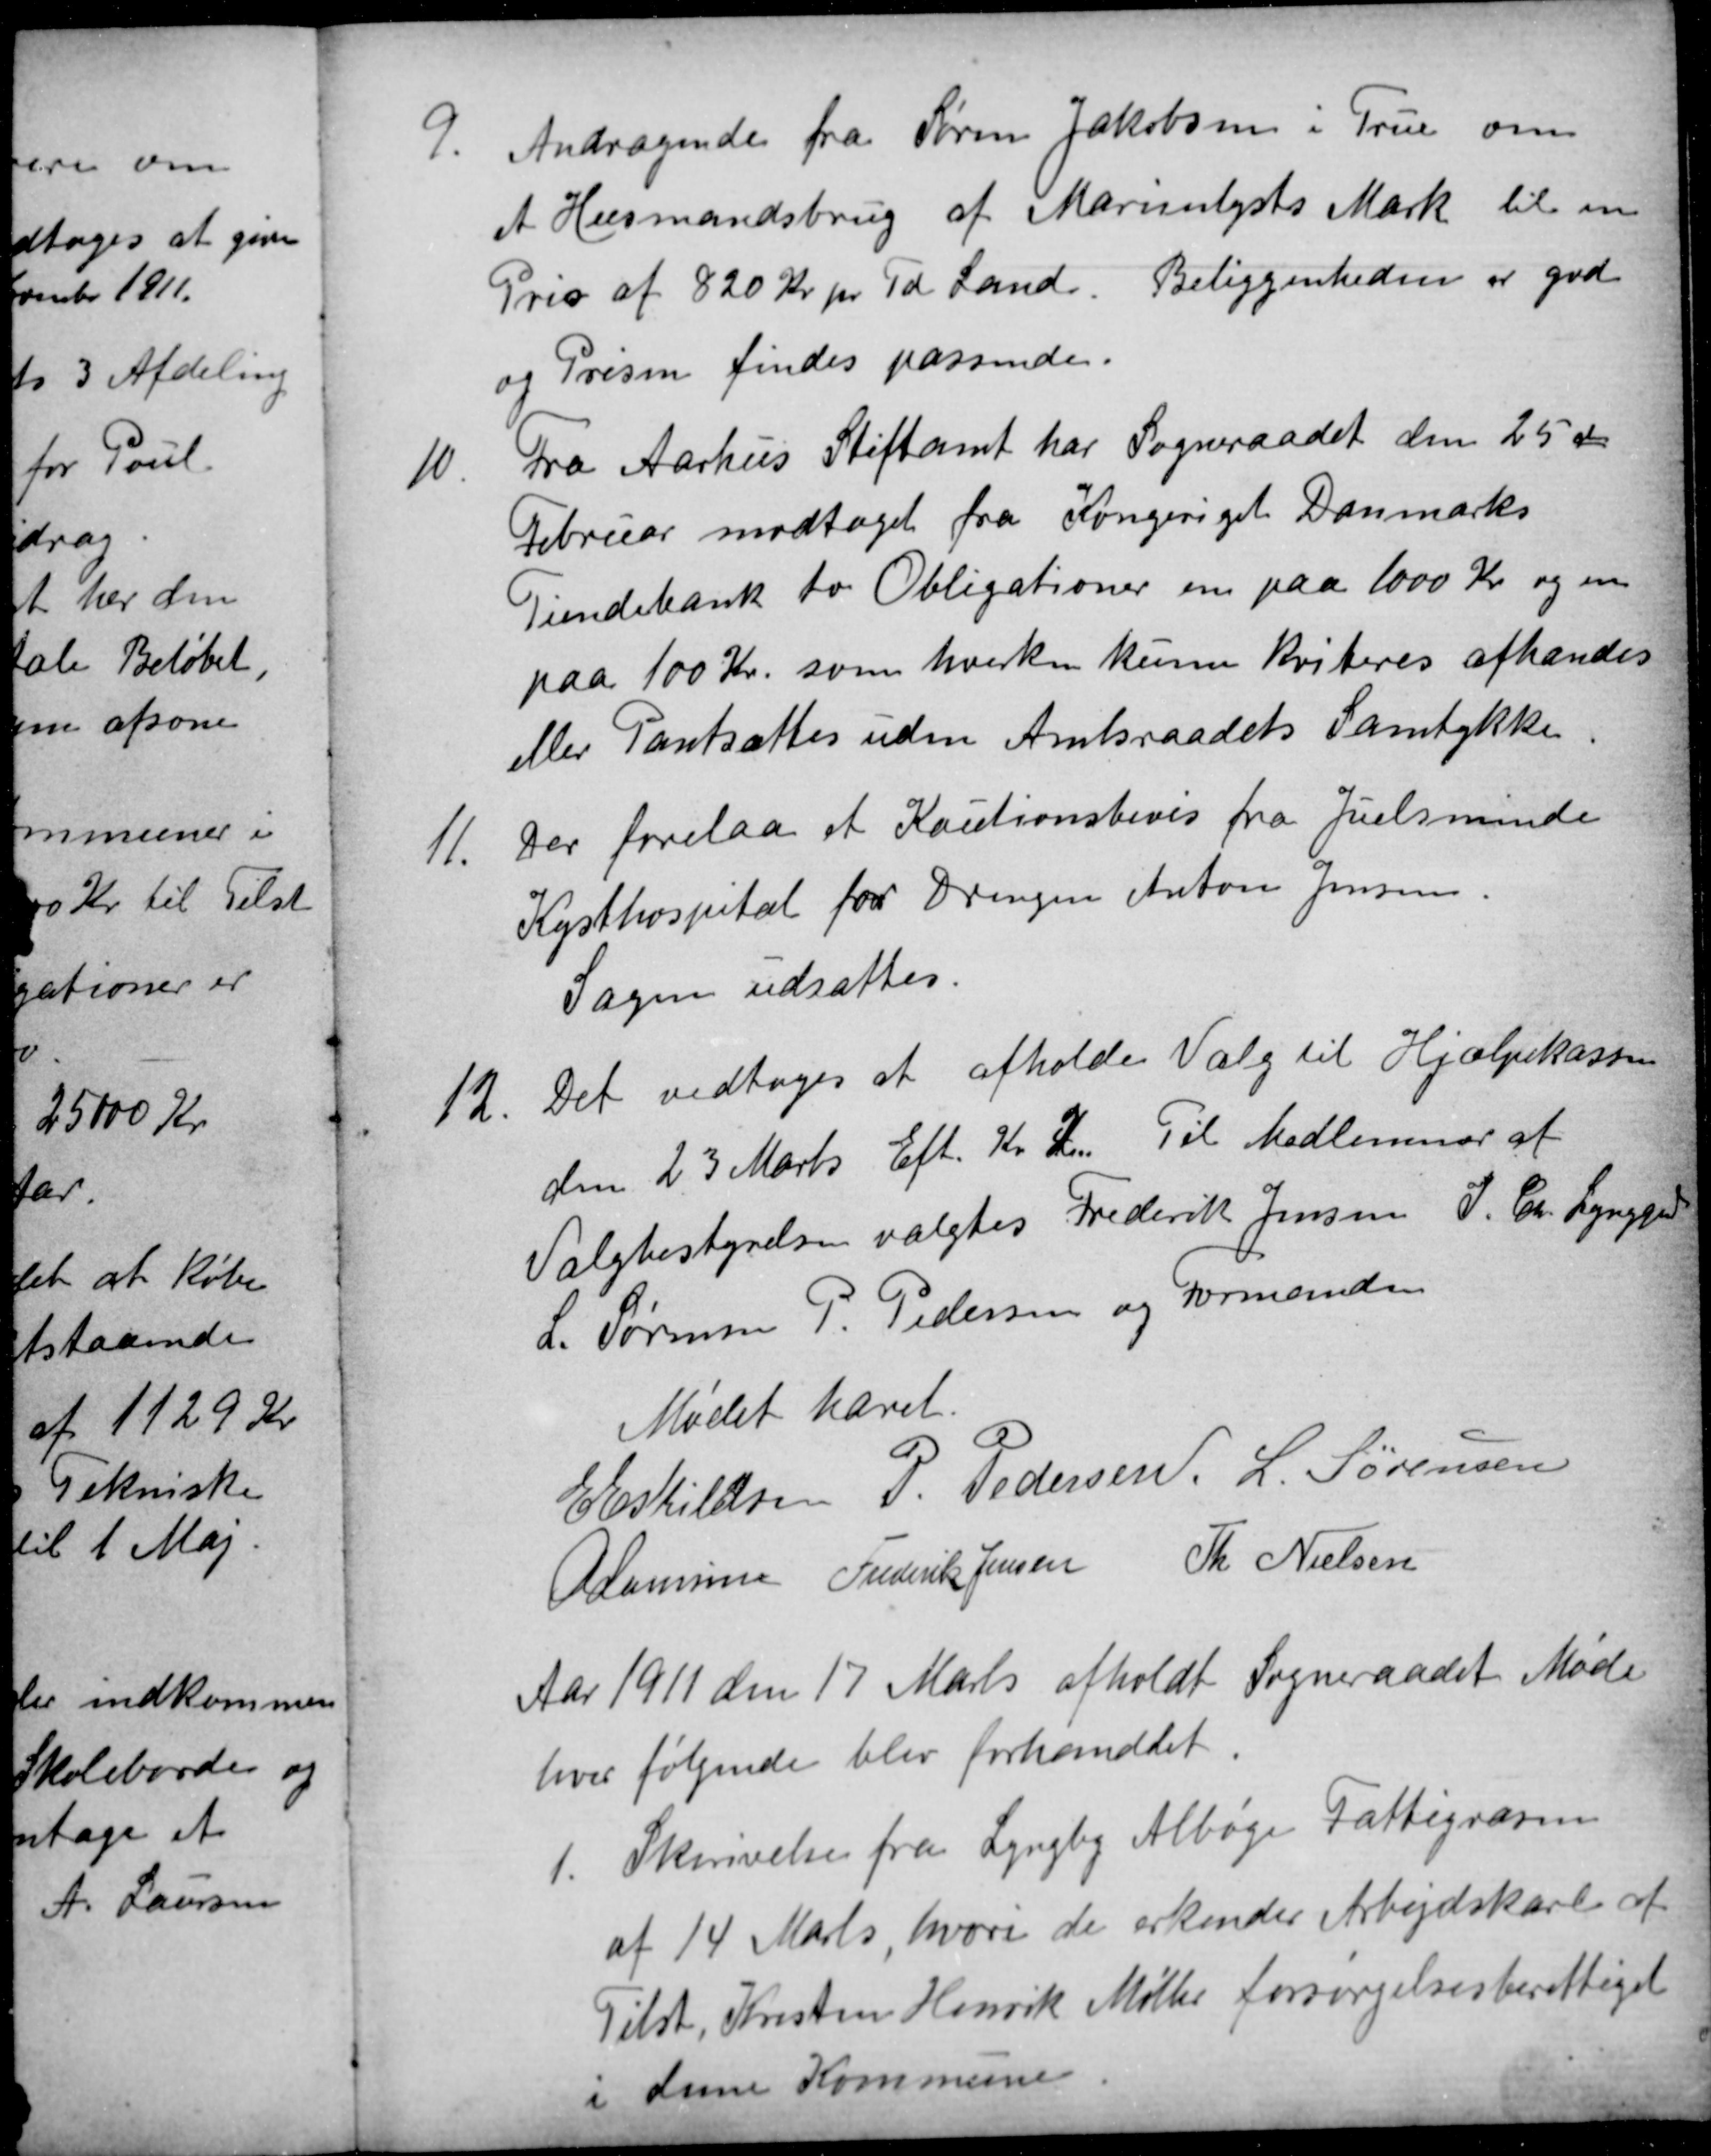
Transskription:
9.
Andragende fra Søren Jakobsen i True om
et Husmandsbrug af Marienlysts Mark til en
Pris af 820 Kr pr Td.  Land. Beliggenheden er god
og Prisen findes passende.
10.
Fra Aarhus Stiftamt har Sogneraadet den 25 de
Februar modtaget fra Kongeriget Danmarks
Tiendebank to Obligationer en paa 1000 Kr og en
paa 100 Kr. som hverken kunne kviteres afhændes
eller Pantsættes uden Amtsraadets Samtykke.
11.
Der forelaa et Kautionsbevis fra Juelsminde
Kysthospital for Drengen Anton Jensen.
Sagen udsattes.
12
Det vedtoges at afholde Valg til Hjælpekassen
den 23 Marts Eft. . Kl. 2. Til Medlemmer af
Valgbestyrelsen valgtes Frederik Jensen J. Chr. Lynggard
L. Sørensen P. Pedersen og Formanden
Mødet hævet.
E Eskildsen
P. Pedersen L. Sørensen
A Laursen
Frederik Jensen
Th Nielsen
Aar 1911 den 17 Marts afholdt Sogneraadet Møde
hver følgende blev forhandlet.
1.
Skrivelse fra Lyngby Albøge Fattigvæsen
af 14 Marts, hvori de erkender Arbejdskarl af
Tilst, Kresten Henrik Møller forsørgelsesberettiget
i denne Kommune.